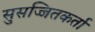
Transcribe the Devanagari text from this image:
सुसज्जितकर्ता